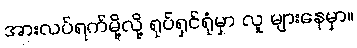
အားလပ်ရက်မို့လို့ ရုပ်ရှင်ရုံမှာ လူ များနေမှာ။